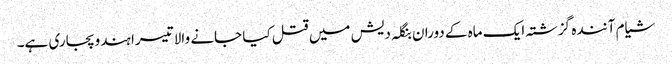
شیام آنندہ گزشتہ ایک ماہ کے دوران بنگلہ دیش میں قتل کیا جانے والا تیسرا ہندو پجاری ہے۔